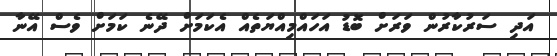
އަދި ސަރުކާރުން ވަރަށް ބޮޑު އަހައްމިއްޔަތެއް އެކަމަށް ދޭނެ ކަމަށް ވެސް އޭނާ